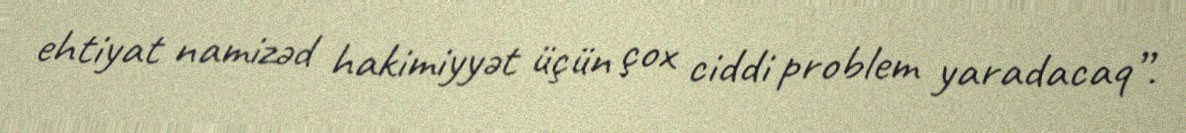
ehtiyat namizəd hakimiyyət üçün çox ciddi problem yaradacaq”.